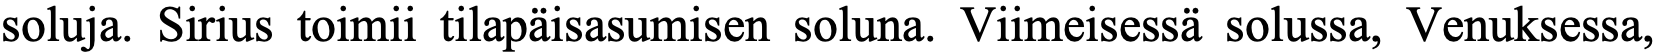
soluja. Sirius toimii tilapäisasumisen soluna. Viimeisessä solussa, Venuksessa,